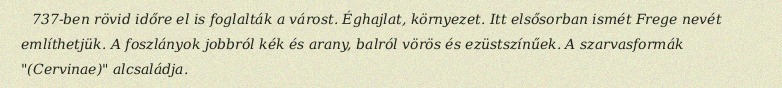
737-ben rövid időre el is foglalták a várost. Éghajlat, környezet. Itt elsősorban ismét Frege nevét említhetjük. A foszlányok jobbról kék és arany, balról vörös és ezüstszínűek. A szarvasformák "(Cervinae)" alcsaládja.